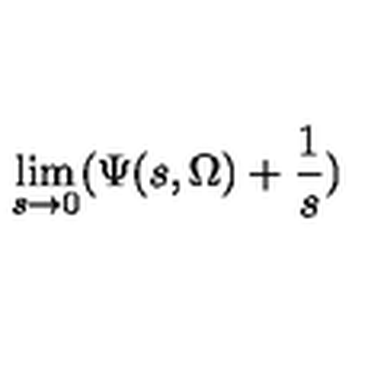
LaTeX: \lim _ { s \rightarrow 0 } ( \Psi ( s , \Omega ) + \frac { 1 } { s } )